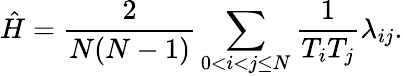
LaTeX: \hat{H}=\frac{2}{N(N-1)}\sum_{0<i<j\leq N}\frac{1}{T_{i}T_{j}}\lambda_{ij}.